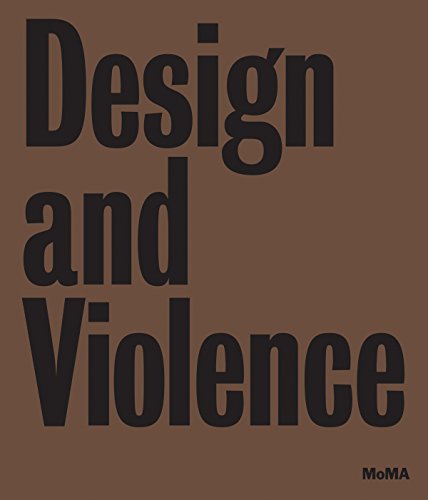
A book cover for Design and Violence; Anne-Marie Slaughter; Arts & Photography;